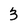
Character: 3